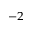
^ { - 2 }